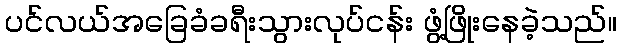
ပင်လယ်အခြေခံခရီးသွားလုပ်ငန်း ဖွံ့ဖြိုးနေခဲ့သည်။